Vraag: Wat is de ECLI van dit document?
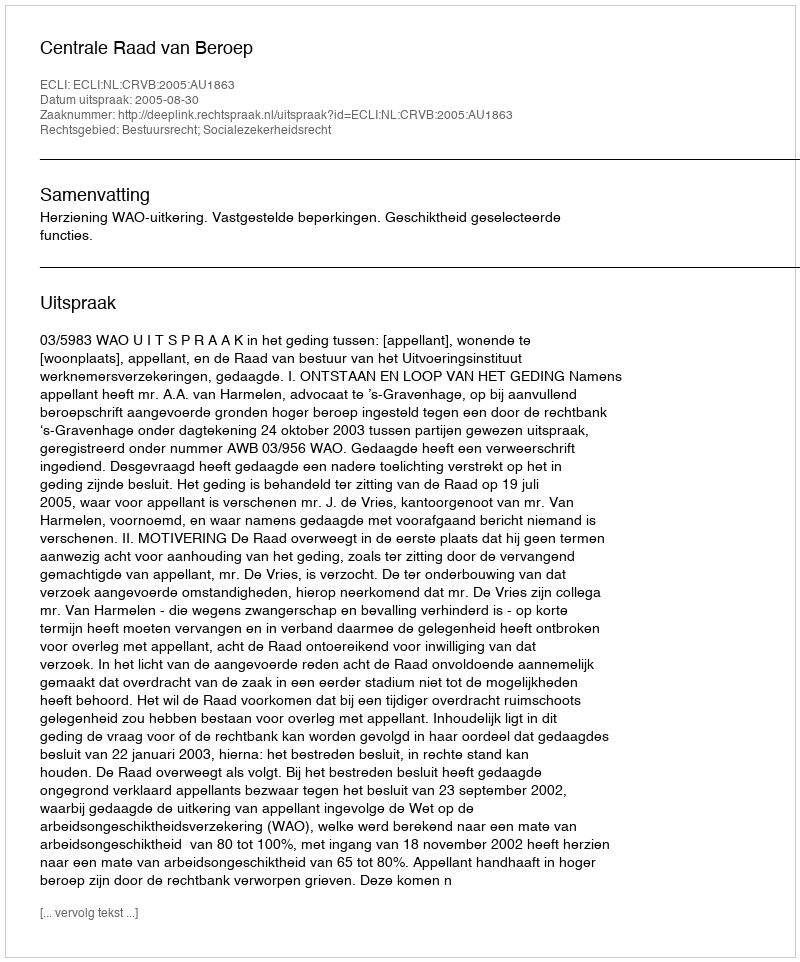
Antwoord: ECLI:NL:CRVB:2005:AU1863